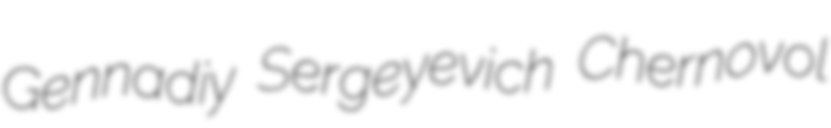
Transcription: Gennadiy Sergeyevich Chernovol